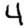
Digit: 4